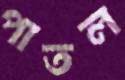
পাতল